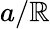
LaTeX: a/\mathbb{R}